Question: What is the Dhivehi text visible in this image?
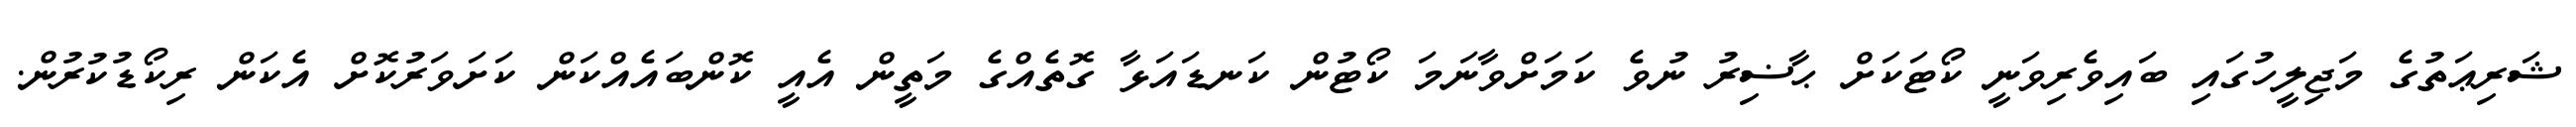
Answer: ޝަރިޢަތުގެ މަޖިލީހުގައި ބައިވެރިވަނީ ކޯޓަކަށް ޙާޟިރު ނުވެ ކަމަށްވާނަމަ ކޯޓުން ކަނޑައަޅާ ގޮތެއްގެ މަތީން އެއީ ކޮންބައެއްކަން ކަށަވަރުކޮށް އެކަން ރިކޯޑުކުރުން.